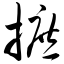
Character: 摭